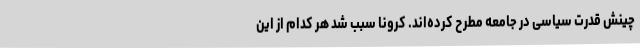
چینش قدرت سیاسی در جامعه مطرح کرده‌اند. کرونا سبب شد هر کدام از این